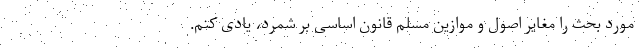
مورد بحث را مغایر اصول و موازین مسلم قانون اساسی بر شمرد، یادی کنم.